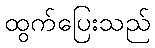
ထွက်ပြေးသည်